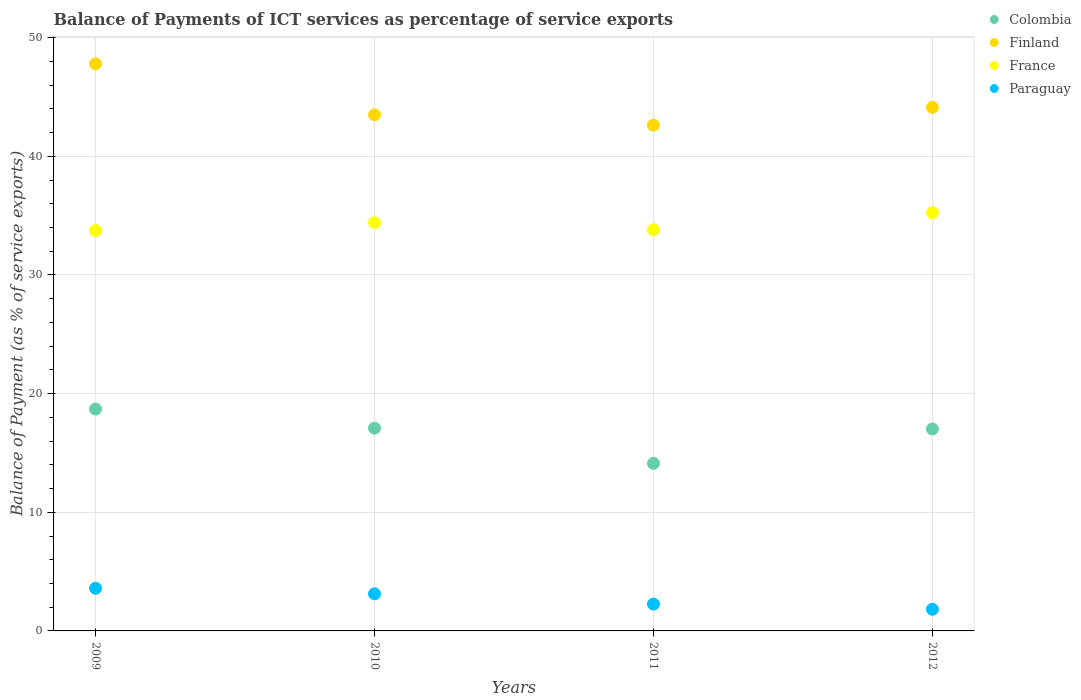
| Years | Colombia | Finland | France | Paraguay |
 | --- | --- | --- | --- | --- |
 | 2009 | 18.7 | 47.8 | 33.7 | 3.59 |
 | 2010 | 17.1 | 43.5 | 34.4 | 3.13 |
 | 2011 | 14.1 | 42.6 | 33.8 | 2.26 |
 | 2012 | 17 | 44.1 | 35.3 | 1.83 |